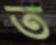
ত